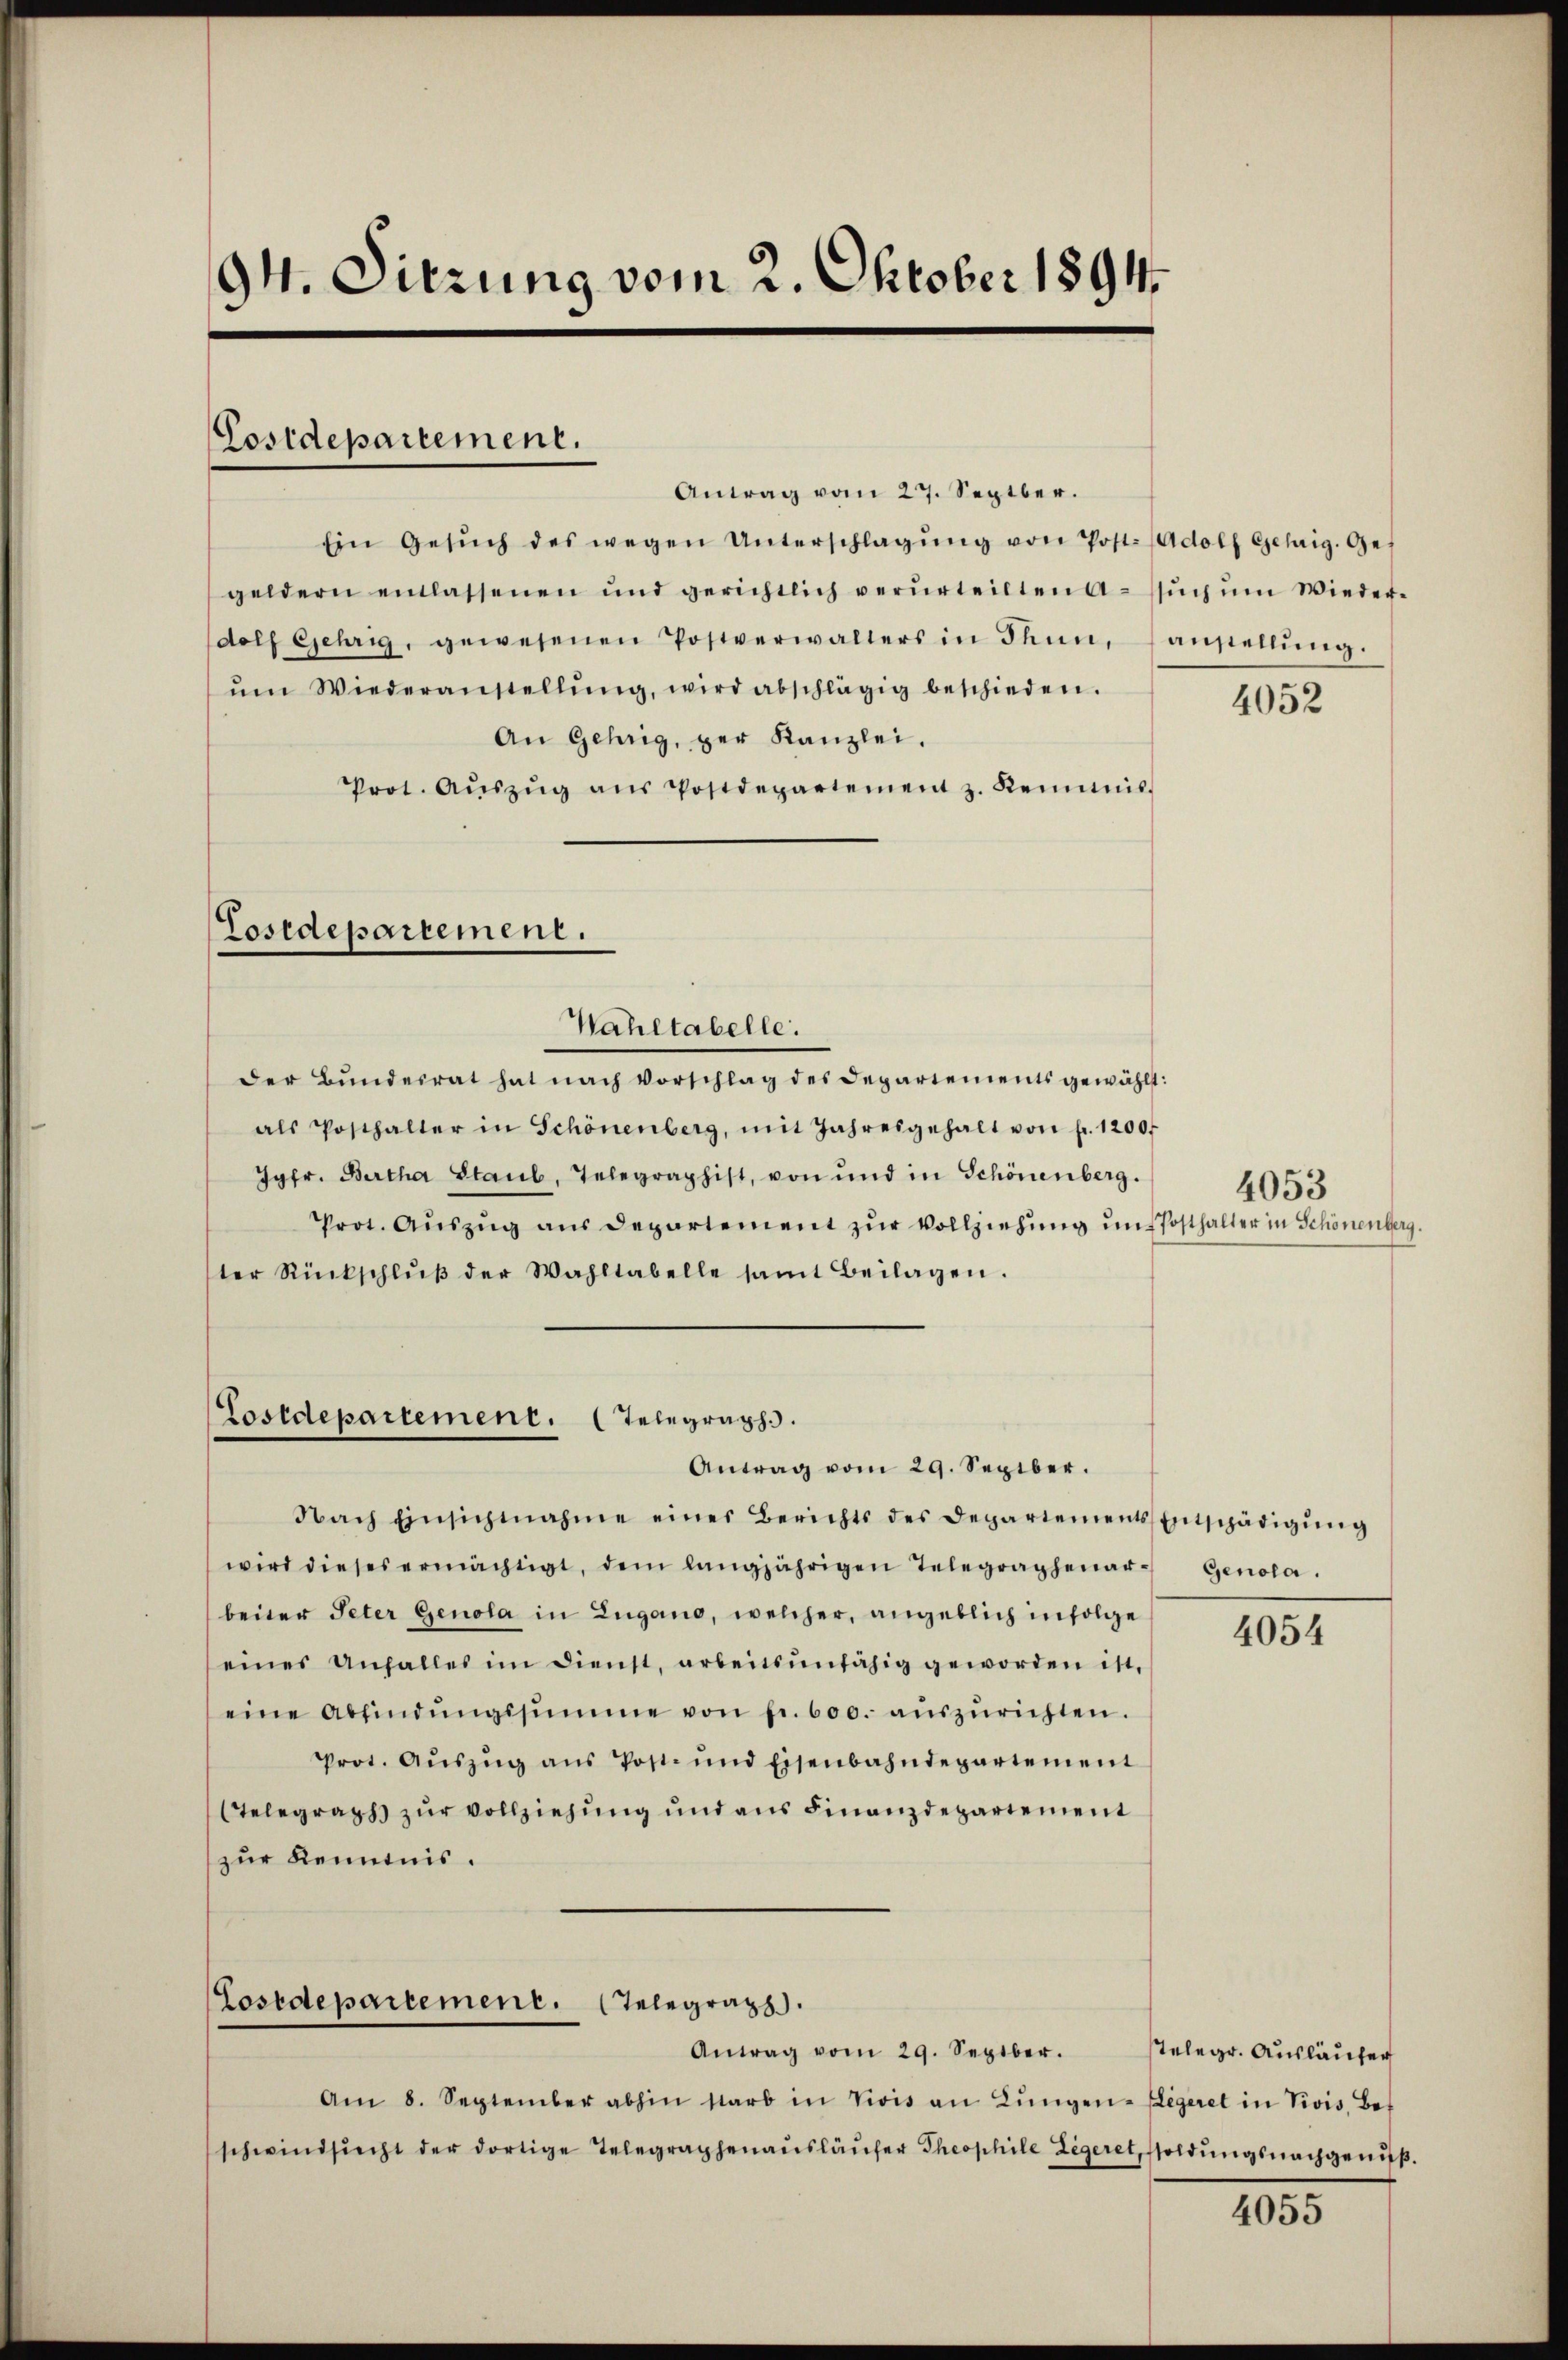
94. Sitzung vom 2. Oktober 1894.

Costdepartement.

Antrag vom 27. Septbr.
Ein Gesŭch des wegen Unterschlagŭng von Post- Adolf Gehrig. Ges
geldern entlassenen und gerichtlich verurteilten A sŭch ŭm Wieder-
dolf Gehrig, gewesenen Postverwalters in Thun, anstellŭng.
ŭm Wiederanstellŭng, wird abschlägig beschieden.
An Gehrig, per Kanzlei.
rot. Aŭszŭg aŭs Postdepartement z. Keimis-
Costdepartement.
Wahltabelle:
Der Bŭndesrat hat nach Vorschlag des Departements gewählt:
als Posthalter in Schönenberg, mit Jahresgehalt von fr. 1200f
Jgfr. Bertha Staub, Telegraphist, von und in Schönenberg.
Prot. Aŭszŭg aŭs Departement zŭr Vollziehung uns Posthalter in Schönenberg.
ster Rückschlŭβ der Wahltabelle samt Beilagen.
Lostdepartemente. (Telegraph.

Antrag vom 29. Septbr.

Cosedepartement. Telegraph
Antrag vom 29. Septbr.

Am 8. September abhin starb in Vivis an Lŭngen-Regeret in Vivis, Bet
schwindsicht der dortige Telegraphenaŭsläŭfer Theophile Legeret, soldungsnachgenuß.

Nach Einsichtnahme eines Berichts des Departements Entschädigŭng
wird dieses ermächtigt, dem langjährigen Telegraphenarbeiter Peter Genola in Zugano, welcher, angeblich infolge
eines Anfalles im Dienst, arbeitsunfähig geworden ist,
eine Abfindŭngssumme von fr. 600. aŭszŭrichten.
Prot. Aŭszŭg aŭs Post- und Eisenbahndepartement
(Telegraphs zur Vollziehung und aus Finanzdepartement
zur Kenntnis.

4052

4053

Genola.

4054

Telegr. Ausläufer

4055